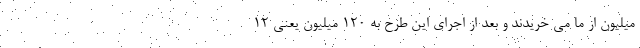
میلیون از ما می خریدند و بعد از اجرای این طرح به ۱۲۰ میلیون یعنی ۱۲